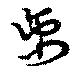
离